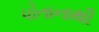
પોતાનાથી